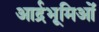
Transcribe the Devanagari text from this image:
आर्द्रभूमिओं